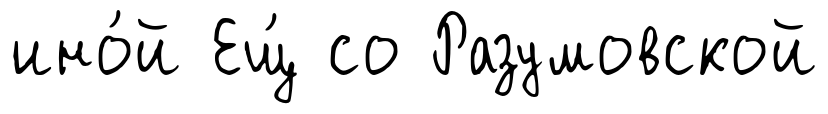
ино́й Ещ́ со Разумовской